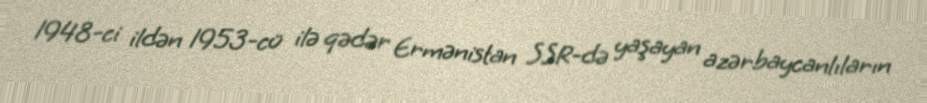
1948-ci ildən 1953-cü ilə qədər Ermənistan SSR-də yaşayan azərbaycanlıların